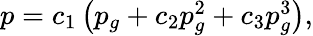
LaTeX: \begin{array}{r}{p=c_{1}\left(p_{g}+c_{2}p_{g}^{2}+c_{3}p_{g}^{3}\right),}\end{array}